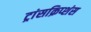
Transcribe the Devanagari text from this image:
ट्रांसक्रिप्शंस